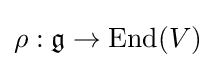
\rho :{\mathfrak {g}}\rightarrow {\text{End}}(V)